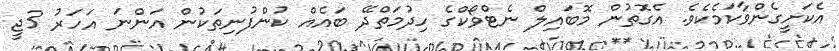
އެކަށީގެންވާކަމެކެވެ. އެގޮތުން މޮބައިލް ނެޓްވޯކްގެ ހިދުމަތްދޭ ބައެއް ކުންފުނިތަކުން އަންނަ އަހަރު 3ޖީ